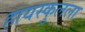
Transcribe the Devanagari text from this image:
हायस्कुलला